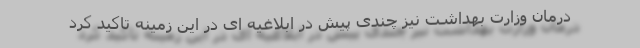
درمان وزارت بهداشت نیز چندی پیش در ابلاغیه ای در این زمینه تاکید کرد